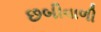
છબીવાળી